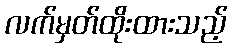
လက်မှတ်ထိုးထားသည့်